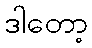
ဒါတော့